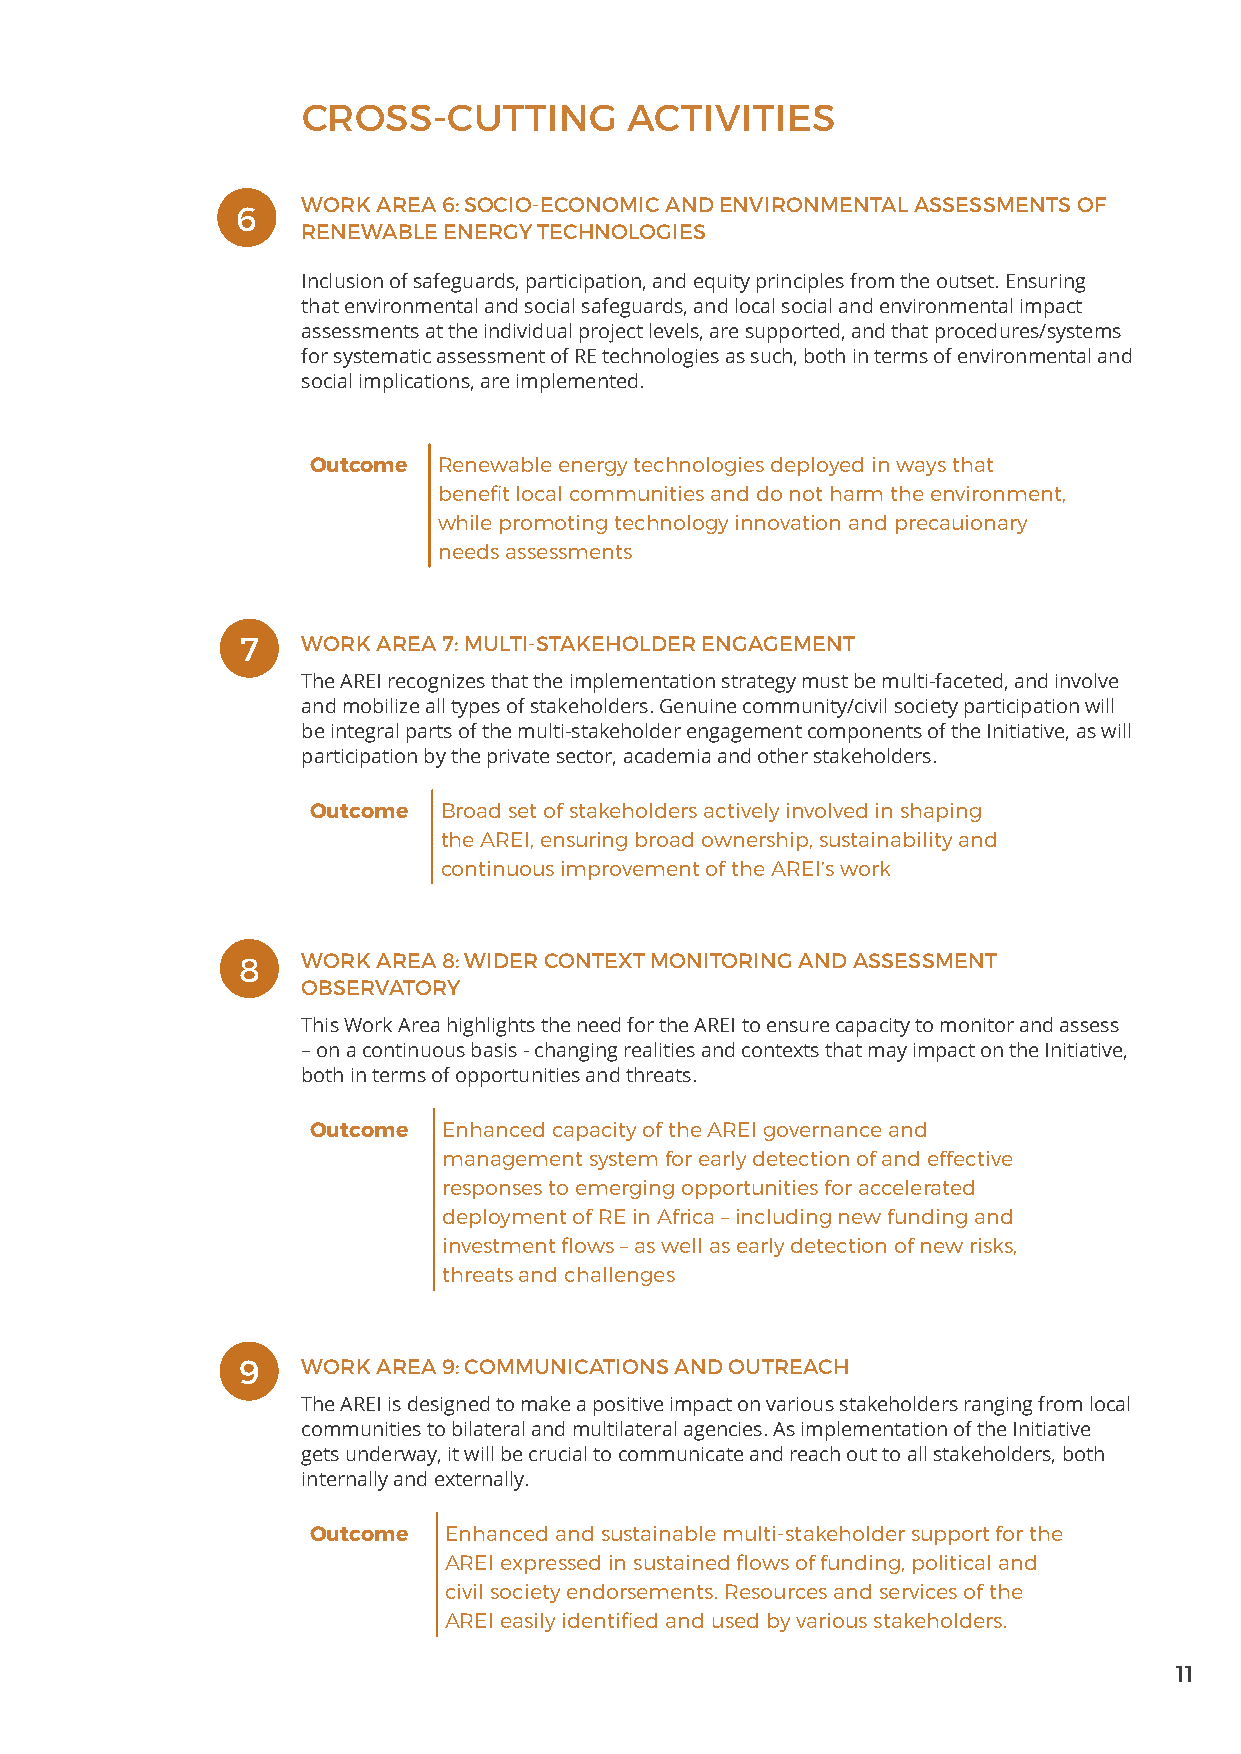
CROSS-CUTTING         ACTIVITIES
 WORK AREA 6: SOCIO-ECONOMIC AND ENVIRONMENTAL ASSESSMENTS OF
 6
 RENEWABLE ENERGY TECHNOLOGIES
 Inclusion of safeguards, participation, and equity principles from the outset. Ensuring
 that environmental and social safeguards, and local social and environmental impact
 assessments at the individual project levels, are supported, and that procedures/systems
 for systematic assessment of RE technologies as such, both in terms of environmental and
 social implications, are implemented.
 Outcome  Renewable energy technologies deployed in ways that
 benefit local communities and do not harm the environment,
 while promoting technology innovation and precauionary
 needs assessments
 7   WORK AREA 7: MULTI-STAKEHOLDER ENGAGEMENT
 The AREI recognizes that the implementation strategy must be multi-faceted, and involve
 and mobilize all types of stakeholders. Genuine community/civil society participation will
 be integral parts of the multi-stakeholder engagement components of the Initiative, as will
 participation by the private sector, academia and other stakeholders.
 Outcome  Broad set of stakeholders actively involved in shaping
 the AREI, ensuring broad ownership, sustainability and
 continuous improvement of the AREI’s work
 8   WORK AREA 8: WIDER CONTEXT MONITORING AND ASSESSMENT
 OBSERVATORY
 This Work Area highlights the need for the AREI to ensure capacity to monitor and assess
 – on a continuous basis - changing realities and contexts that may impact on the Initiative,
 both in terms of opportunities and threats.
 Outcome  Enhanced capacity of the AREI governance and
 management system for early detection of and effective
 responses to emerging opportunities for accelerated
 deployment of RE in Africa – including new funding and
 investment flows – as well as early detection of new risks,
 threats and challenges
 9   WORK AREA 9: COMMUNICATIONS AND OUTREACH
 The AREI is designed to make a positive impact on various stakeholders ranging from local
 communities to bilateral and multilateral agencies. As implementation of the Initiative
 gets underway, it will be crucial to communicate and reach out to all stakeholders, both
 internally and externally.
 Outcome  Enhanced and sustainable multi-stakeholder support for the
 AREI expressed in sustained flows of funding, political and
 civil society endorsements. Resources and services of the
 AREI easily identified and used by various stakeholders.
 11